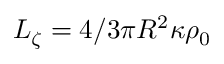
L _ { \zeta } = 4 / 3 \pi R ^ { 2 } \kappa \rho _ { 0 }